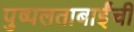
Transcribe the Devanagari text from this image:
पुष्पलताबाईंची